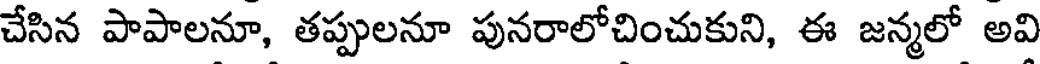
చేసిన పాపాలనూ, తప్పులనూ పునరాలోచించుకుని, ఈ జన్మలో అవి